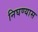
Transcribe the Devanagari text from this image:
निघण्यास